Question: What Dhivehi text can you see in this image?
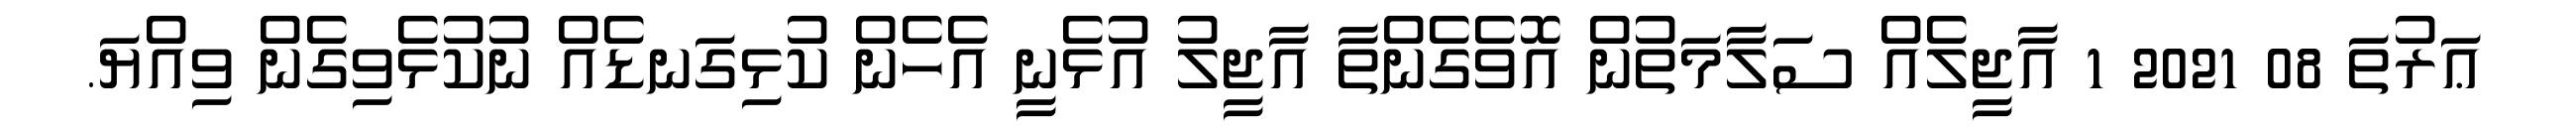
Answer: ޢަރުތަ 08 2021 1 އާޖީލެއް ސަލާމަތުން އޮވެގެންތާ އާޖީލު އުޅެނީ އެހެން ކުޅިގަނޑެއް ނުކުޅެވިގެން ވިއްޔަ.